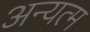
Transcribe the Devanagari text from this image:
अन्यत्म